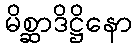
မိစ္ဆာဒိဋ္ဌိနော